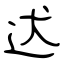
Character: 迖